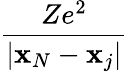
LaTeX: \frac{Ze^{2}}{|\mathbf{x}_{N}-\mathbf{x}_{j}|}